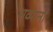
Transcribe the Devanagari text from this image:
भव्यानां